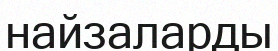
найзаларды